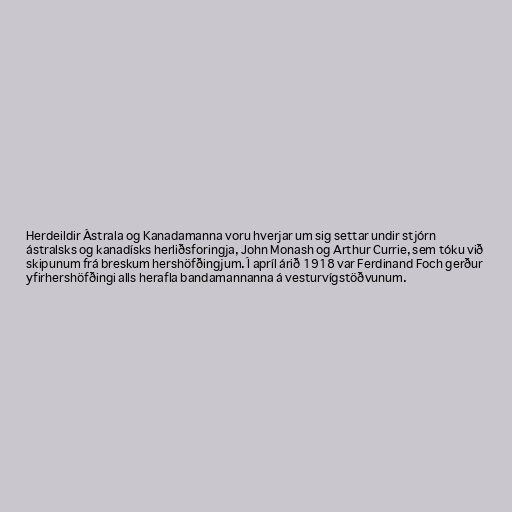
Herdeildir Ástrala og Kanadamanna voru hverjar um sig settar undir stjórn
ástralsks og kanadísks herliðsforingja, John Monash og Arthur Currie, sem tóku við
skipunum frá breskum hershöfðingjum. Í apríl árið 1918 var Ferdinand Foch gerður
yfirhershöfðingi alls herafla bandamannanna á vesturvígstöðvunum.